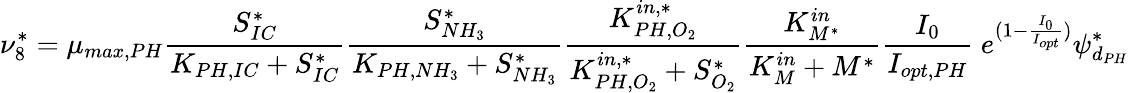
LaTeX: \nu_{8}^{*}=\mu_{max,PH}\frac{S_{IC}^{*}}{K_{PH,IC}+S_{IC}^{*}}\frac{S_{NH_{3}}^{*}}{K_{PH,NH_{3}}+S_{NH_{3}}^{*}}\frac{K_{PH,O_{2}}^{in,*}}{K_{PH,O_{2}}^{in,*}+S_{O_{2}}^{*}}\frac{K_{M^{*}}^{in}}{K_{M}^{in}+M^{*}}\frac{I_{0}}{I_{opt,PH}}\ e^{(1-\frac{I_{0}}{I_{opt}})}\psi_{d_{PH}}^{*}